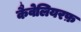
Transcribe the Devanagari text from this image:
कैवेलियरफ़